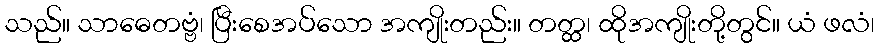
သည်။ သာဓေတဗ္ဗံ၊ ပြီးစေအပ်သော အကျိုးတည်း။ တတ္ထ၊ ထိုအကျိုးတို့တွင်။ ယံ ဖလံ၊